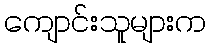
ကျောင်းသူများက